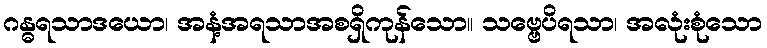
ဂန္ဓရသာဒယော၊ အနံ့အရသာအစရှိကုန်သော။ သဗ္ဗေပိရသာ၊ အလုံးစုံသော